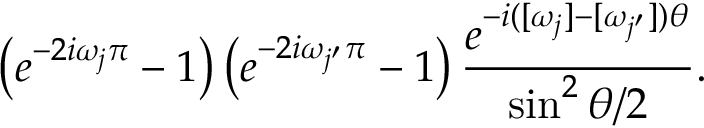
\left( e ^ { - 2 i \omega _ { j } \pi } - 1 \right) \left( e ^ { - 2 i \omega _ { j ^ { \prime } } \pi } - 1 \right) \frac { e ^ { - i ( [ \omega _ { j } ] - [ \omega _ { j ^ { \prime } } ] ) \theta } } { \sin ^ { 2 } \theta / 2 } .